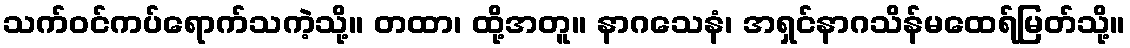
သက်ဝင်ကပ်ရောက်သကဲ့သို့။ တထာ၊ ထို့အတူ။ နာဂသေနံ၊ အရှင်နာဂသိန်မထေရ်မြတ်သို့။